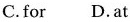
C.for D.at